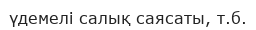
үдемелі салық саясаты, т.б.